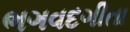
ભગવદગીતા